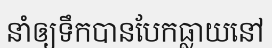
នាំឲ្យទឹកបានបែកធ្លាយនៅ